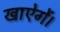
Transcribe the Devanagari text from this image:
खाऐगें।